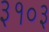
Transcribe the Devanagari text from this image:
३१०३